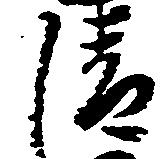
清